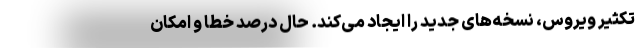
تکثیر ویروس، نسخه‌های جدید را ایجاد می‌کند. حال درصد خطا و امکان